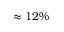
\approx 1 2 \%